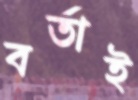
বর্তাই